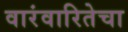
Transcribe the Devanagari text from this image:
वारंवारितेचा